Civil Veterinary Dept. Bombay admin report 1923-31 - 1923-1931
Year: 1923
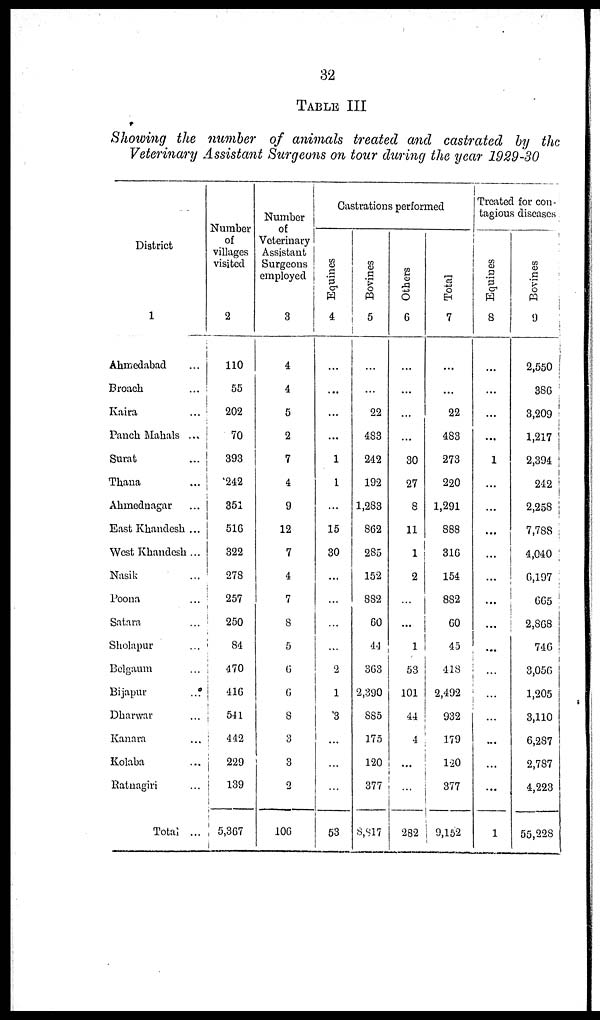
32
TABLE III
Showing the number of animals treated and castrated by the
Veterinary Assistant Surgeons on tour during the year 1929-30
District
1
Ahmedabad ...
Broach ...
Kaira ...
Panch Mahals ...
Surat ...
Thana ...
Ahmednagar ...
East Khandesh ...
West Khandesh ...
Nasik ...
Poona ...
Satara ...
Sholapur ...
Belgaum ...
Bijapur ...
Dharwar ...
Kanara ...
Kolaba ...
Ratnagiri ...
Total ...
Number
of
villages
visited
2
110
55
202
70
393
242
351
516
322
278
257
250
84
470
416
541
442
229
139
5,367
Number
of
Veterinary
Assistant
Surgeons
employed
3
4
4
5
2
7
4
9
12
7
4
7
8
5
6
6
8
3
3
2
106
Castrations performed
Equines
4
...
...
...
...
1
1
...
15
30
...
...
...
...
2
1
3
...
...
...
53
Bovines
5
...
...
22
483
242
192
1,283
862
285
152
882
60
44
363
2,390
885
175
120
377
8,817
Others
6
...
...
...
...
30
27
8
11
1
2
...
...
1
53
101
44
4
...
...
282
Total
7
...
...
22
483
273
220
1,291
888
316
154
882
60
45
418
2,492
932
179
120
377
9,152
Treated for con-
tagious diseases
Equines
8
...
...
...
...
1
...
...
...
...
...
...
...
...
...
...
...
...
...
...
1
Bovines
9
2,550
386
3,209
1,217
2,394
242
2,258
7,788
4,040
6,197
665
2,868
746
3,056
1,205
3,110
6,287
2,787
4,223
55,228